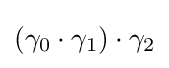
(\gamma _{0}\cdot \gamma _{1})\cdot \gamma _{2}